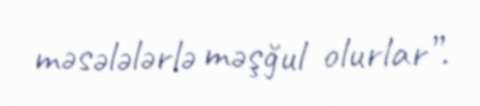
məsələlərlə məşğul olurlar”.